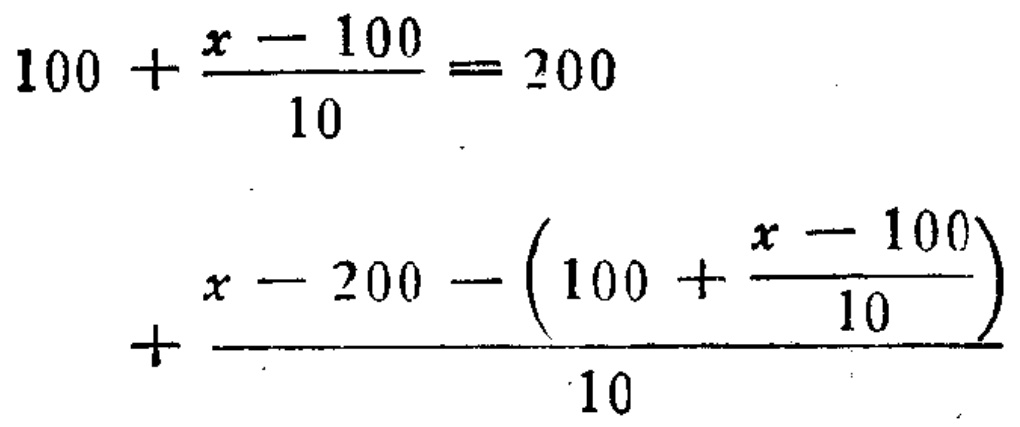
\[
100 + \frac{x - 100}{10} = 200
\]
\[
+ \frac{x - 200 - \left(100 + \frac{x - 100}{10}\right)}{10}
\]